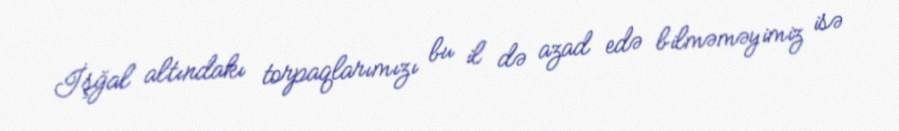
İşğal altındakı torpaqlarımızı bu il də azad edə bilməməyimiz isə